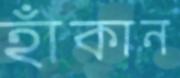
হাঁকান